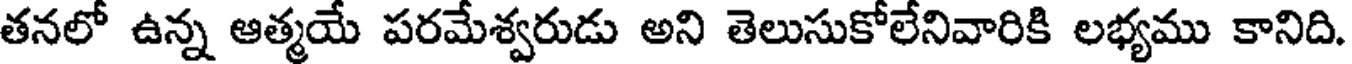
తనలో ఉన్న ఆత్మయే పరమేశ్వరుడు అని తెలుసుకోలేనివారికి లభ్యము కానిది.